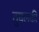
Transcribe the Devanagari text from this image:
तुघलकी